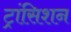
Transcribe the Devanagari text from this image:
ट्रांसिशन